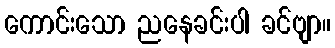
ကောင်းသော ညနေခင်းပါ ခင်ဗျာ။